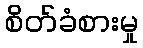
စိတ်ခံစားမှု